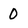
Character: 0